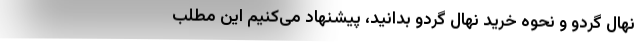
نهال گردو و نحوه خرید نهال گردو بدانید، پیشنهاد می­‌کنیم این مطلب